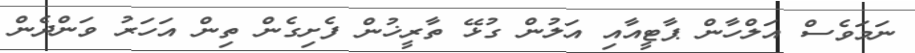
ނަމަވެސް އަލްހާން ޕާޓީއާއި އަލުން ގުޅޭ ތާރީޚުން ފެށިގެން ތިން އަހަރު ވަންދެން